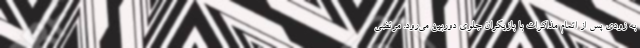
به زودی پس از اتمام مذاکرات با بازیگران جلوی دوربین می‌رود. مرتضی